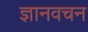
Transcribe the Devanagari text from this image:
ज्ञानवचन